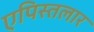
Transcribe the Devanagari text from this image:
एपिस्तलार